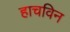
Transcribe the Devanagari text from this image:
हाचविन